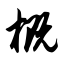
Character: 概